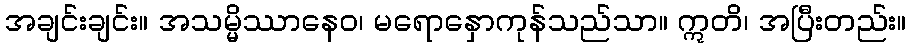
အချင်းချင်း။ အသမ္မိဿာနေဝ၊ မရောနှောကုန်သည်သာ။ ဣတိ၊ အပြီးတည်း။